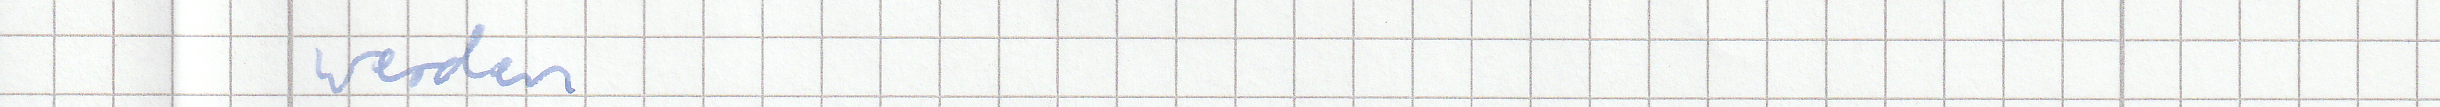
werden